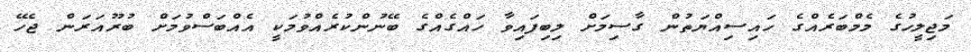
މަޖިލީހުގެ މެމްބަރެއްގެ ހައިސިއްޔަތުން ގާސިމަށް ލިބިފައިވާ ހައްގެއްގެ ބޭނުންކުރެއްވުމަކީ އެއްބަސްވުމަށް ބުރޫއަރަން ޖެހޭ